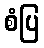
စံပြ